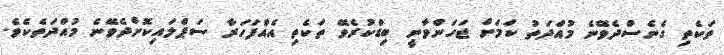
ތަކެތި ގެނެސްދެވޭނެ މުއްދަތު ކަމަށް ޖަހަންވާނީ ބިޑްކުރެވޭ ތަކެތި އެއްފަހަރާ ސަޕްލައިކޮށްދެވޭނެ މުއްދަތެކެވެ.